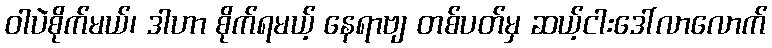
ဝါပဲစိုက်မယ်၊ ဒါဟာ စိုက်ရမယ့် နေရာဗျ တစ်ပတ်မှ ဆယ့်ငါးဒေါ်လာလောက်